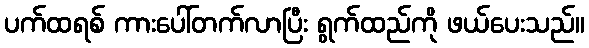
ပက်ထရစ် ကားပေါ်တက်လာပြီး ရွက်ထည်ကို ဖယ်ပေးသည်။